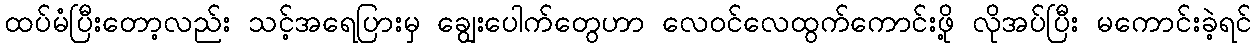
ထပ်မံပြီးတော့လည်း သင့်အရေပြားမှ ချွေးပေါက်တွေဟာ လေဝင်လေထွက်ကောင်းဖို့ လိုအပ်ပြီး မကောင်းခဲ့ရင်